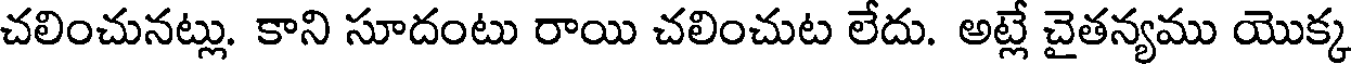
చలించునట్లు. కాని సూదంటు రాయి చలించుట లేదు. అట్లే చైతన్యము యొక్క